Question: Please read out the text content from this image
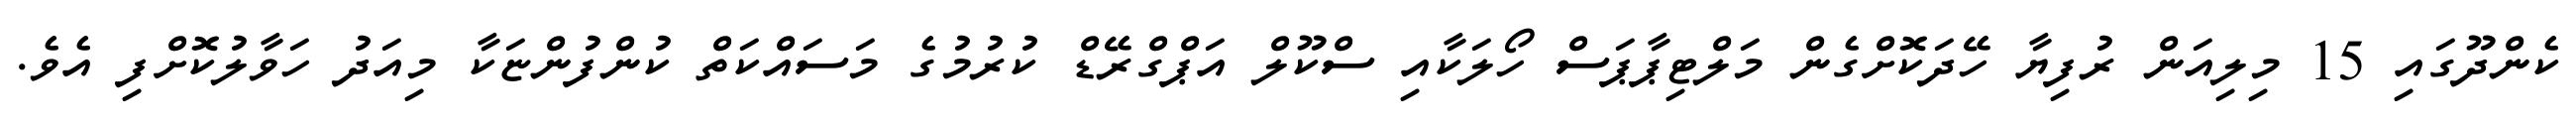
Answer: ކެންދޫގައި 15 މިލިއަން ރުފިޔާ ހޭދަކޮށްގެން މަލްޓިޕާޕަސް ހޯލަކާއި ސްކޫލް އަޕްގްރޭޑް ކުރުމުގެ މަސައްކަތް ކުންފުންޏަކާ މިއަދު ހަވާލުކޮށްފި އެވެ.